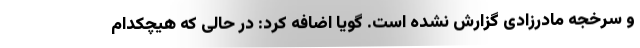
و سرخجه مادرزادی گزارش نشده است. گویا اضافه کرد: در حالی که هیچکدام